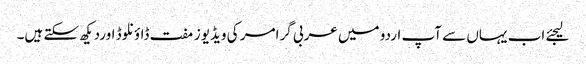
لیجئے اب یہاں سے آپ اردو میں عربی گرامر کی ویڈیوز مفت ڈاؤنلوڈ اوردیکھ سکتے ہیں۔